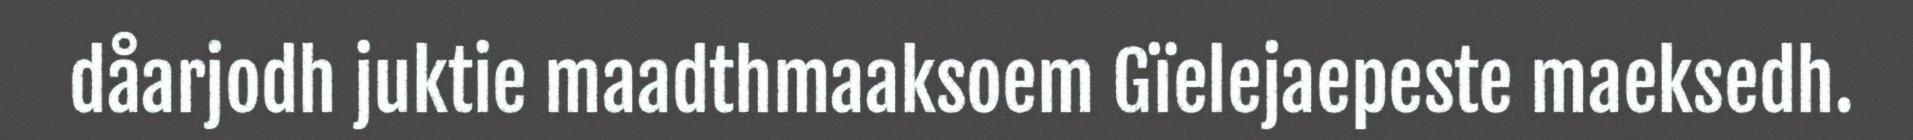
dåarjodh juktie maadthmaaksoem Gïelejaepeste maeksedh.